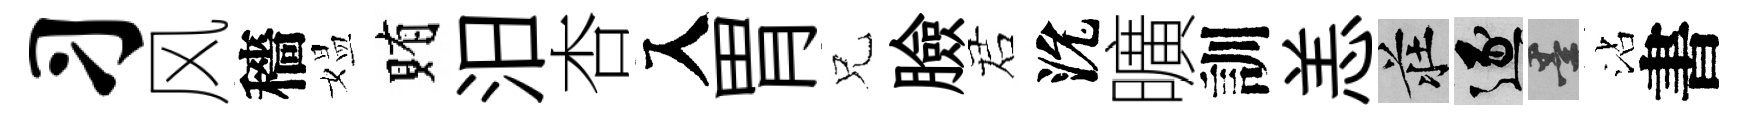
习风穡媪賄汨杏入胃兄臉诺沇曠訓恙莊逐墨沾書